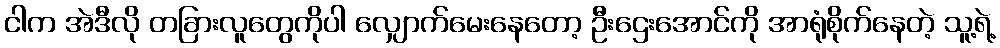
ငါက အဲဒီလို တခြားလူတွေကိုပါ လျှောက်မေးနေတော့ ဦးဌေးအောင်ကို အာရုံစိုက်နေတဲ့ သူ့ရဲ့